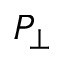
P _ { \perp }